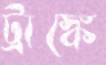
ট্রাঙ্কে